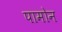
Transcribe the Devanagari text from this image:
पामोन